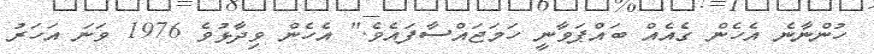
ހުންނާނެ އެހެން ގެއެއް ބައްޕަވާނީ ހަމަޖައްސާފައެވެ." އެހެން ވިދާޅުވެ 1976 ވަނަ އަހަރު